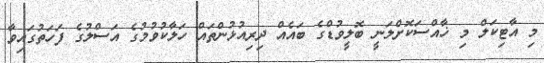
މި އާޓިކަލް މި ޚާއްސަކޮށްލަނީ ބޮލީވުޑްގެ ބައެއް ދިރިއުޅުންތައް ހަލާކުވުމުގެ އަސްލުގެ ފަހަތުގައިވާ